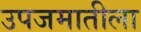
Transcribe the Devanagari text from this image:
उपजमातीला